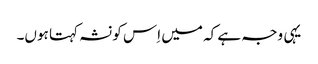
یہی وجہ ہے کہ میں اِس کو نشہ کہتا ہوں۔